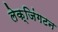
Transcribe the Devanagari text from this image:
लेक्जिंगटन